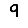
Digit: 9